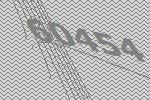
60454